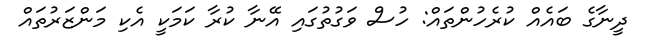
ދީނާގެ ބައެއް ކުރެހުންތައް: ހުސް ވަގުތުގައި އޭނާ ކުރާ ކަމަކީ އެކި މަންޒަރުތައް